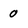
Character: 0